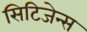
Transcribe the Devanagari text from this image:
सिटिजेन्स